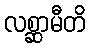
လစ္ဆာမီတိ